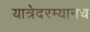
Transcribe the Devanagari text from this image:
यात्रेदरम्यानच